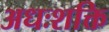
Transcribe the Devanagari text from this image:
अधःशक्ति